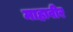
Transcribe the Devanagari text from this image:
माहावीर